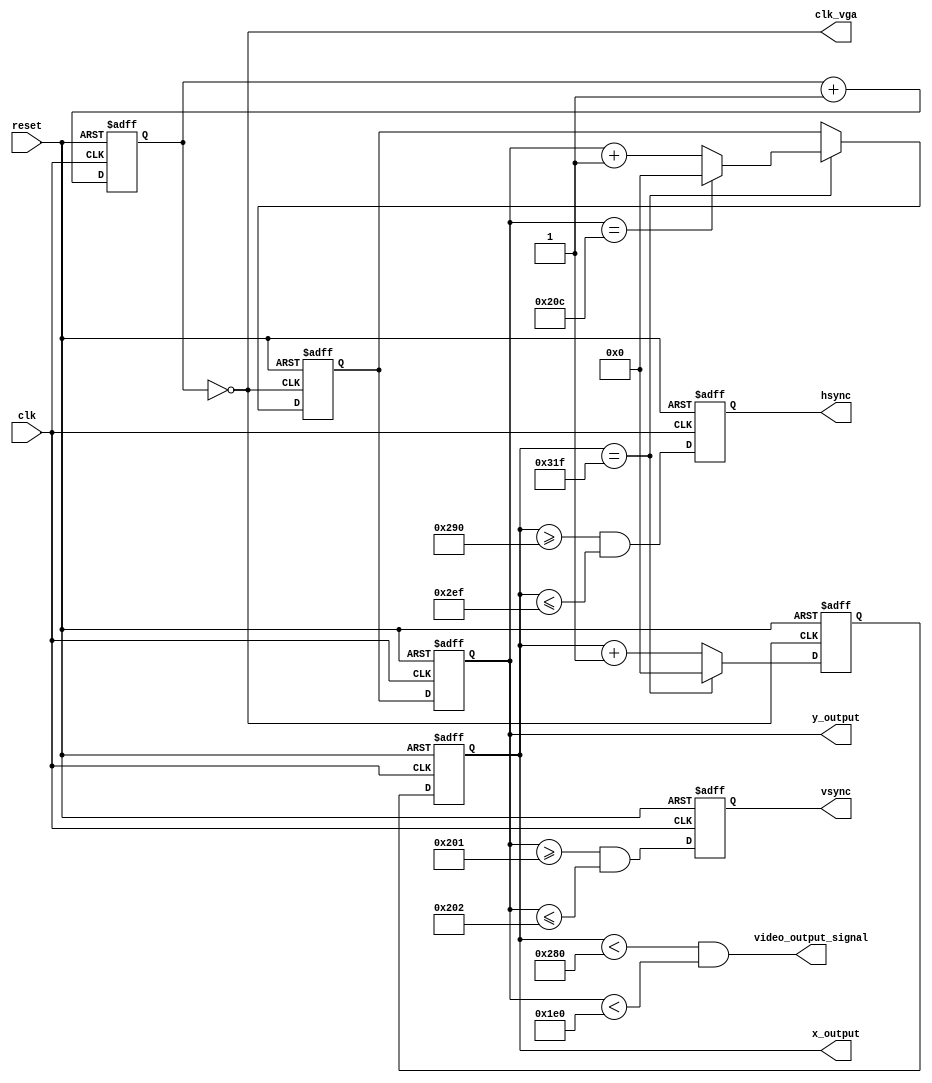
// Source:
// https://www.youtube.com/@dajoma36
// FPGADude on Pong and Frogger and Bouncing Square
`timescale 1ns / 1ps
module vga_controller(
    input clk,
    input reset,
    output clk_vga,
    output vsync,
    output hsync,
    output [9:0] x_output,
    output [9:0] y_output,
    output video_output_signal
    );
    
    /* Inner display of 640x480
       Specs by: FPGADude */
    parameter max_horizontal = 799;
    parameter visible_horizontal = 640;
    parameter horizontal_front_porch = 48;
    parameter horizontal_back_porch = 16;
    parameter horizontal_retrace = 96;
    parameter max_vertical = 524;
    parameter visible_vertical = 480;
    parameter vertical_front_porch = 10;
    parameter vertical_back_porch = 33;
    parameter vertical_retrace = 2;
    

    wire temp_vga;
	reg [1:0] counter_vga;
	assign temp_vga = (counter_vga == 0);
	always @(posedge clk or posedge reset) begin
		if (reset) begin
		  counter_vga <= 0;
		end
		else begin
		  counter_vga <= counter_vga + 1;
		end
	end
    
    //Double buffering for video output
    reg [9:0] temp_vertical;
    reg [9:0] vertical_buffer;
    reg [9:0] temp_horizontal;
    reg [9:0] horizontal_buffer;
    
    // Output Buffers
    reg temp_vsync;
    wire vsync_buffer;
    reg temp_hsync;
    wire hsync_buffer;
    
    assign x_output = temp_horizontal;
    assign y_output = temp_vertical;
    assign vsync = temp_vsync;
    assign hsync = temp_hsync;
    assign clk_vga = temp_vga;
    assign video_output_signal = (temp_horizontal < visible_horizontal) && (temp_vertical < visible_vertical); // 0-639 and 0-479 respectively
    assign vsync_buffer = (temp_vertical >= (visible_vertical+vertical_back_porch) && temp_vertical <= (visible_vertical+vertical_back_porch+vertical_retrace-1));
    assign hsync_buffer = (temp_horizontal >= (visible_horizontal+horizontal_back_porch) && temp_horizontal <= (visible_horizontal+horizontal_back_porch+horizontal_retrace-1));

    always @(posedge clk or posedge reset)
        if (reset) begin
            temp_vertical <= 0;
            temp_horizontal <= 0;
            temp_vsync <= 0;
            temp_hsync <= 0;
        end
        else begin
            temp_vertical <= vertical_buffer;
            temp_horizontal <= horizontal_buffer;
            temp_vsync <= vsync_buffer;
            temp_hsync <= hsync_buffer;
        end

    // Render every column then sweep to new row
    always @(posedge temp_vga or posedge reset) begin
        if(reset) begin
            horizontal_buffer = 0;
            vertical_buffer = 0;
        end
        else begin
            if(temp_horizontal == max_horizontal) begin
                horizontal_buffer = 0;
                if(temp_vertical == max_vertical) begin
                    vertical_buffer = 0;
                end
                else begin
                    vertical_buffer = temp_vertical + 1;
                end
            end
            else begin
                horizontal_buffer = temp_horizontal + 1;         
            end
        end
    end
endmodule